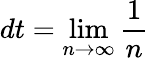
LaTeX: dt=\operatorname*{lim}_{n\to\infty}\frac{1}{n}